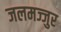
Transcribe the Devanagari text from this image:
जलमज्जुर